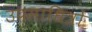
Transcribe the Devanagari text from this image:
उपसाधित्रों